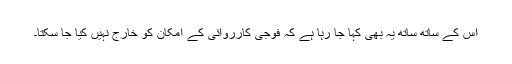
اس کے ساتھ ساتھ یہ بھی کہا جا رہا ہے کہ فوجی کارروائی کے امکان کو خارج نہیں کیا جا سکتا۔